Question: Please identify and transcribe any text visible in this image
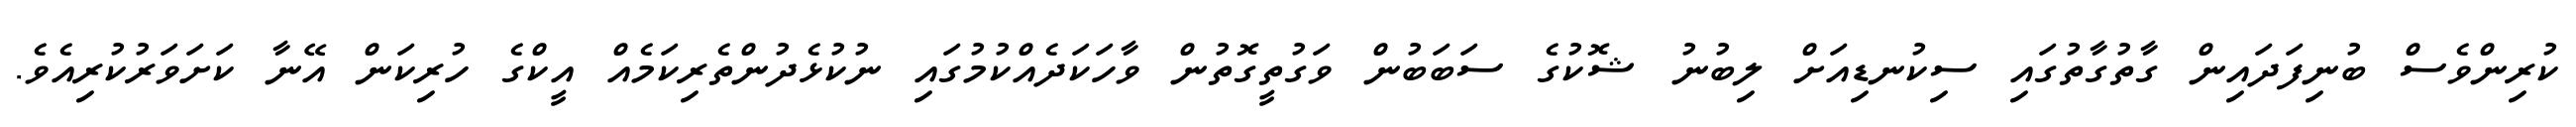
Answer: ކުރިންވެސް ބުނިފަދައިން ގާތުގާތުގައި ސިކުނޑިއަށް ލިބުނު ޝޮކުގެ ސަބަބުން ވަގުތީގޮތުން ވާހަކަދެއްކުމުގައި ނުކުޅެދުންތެރިކަމެއް އީކްގެ ހުރިކަން އޭނާ ކަށަވަރުކުރިއެވެ.